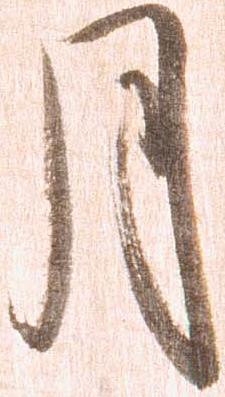
月